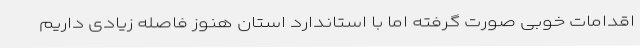
اقدامات خوبی صورت گرفته اما با استاندارد استان هنوز فاصله زیادی داریم